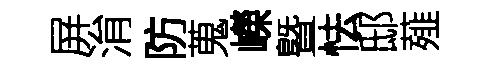
屏㳙防蒐嶸曁怯邸薤